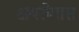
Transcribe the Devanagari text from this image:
क्षयरोगास